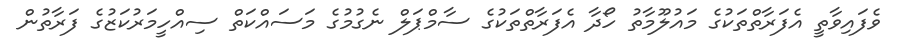
ވެފައިވާތީ އެފަރާތްތަކުގެ މައުލޫމާތު ހޯދާ އެފަރާތްތަކުގެ ސާމްޕަލް ނެގުމުގެ މަސައްކަތް ސިއްހީމަރުކަޒުގެ ފަރާތުން